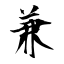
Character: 兼